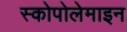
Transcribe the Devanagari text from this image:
स्कोपोलेमाइन